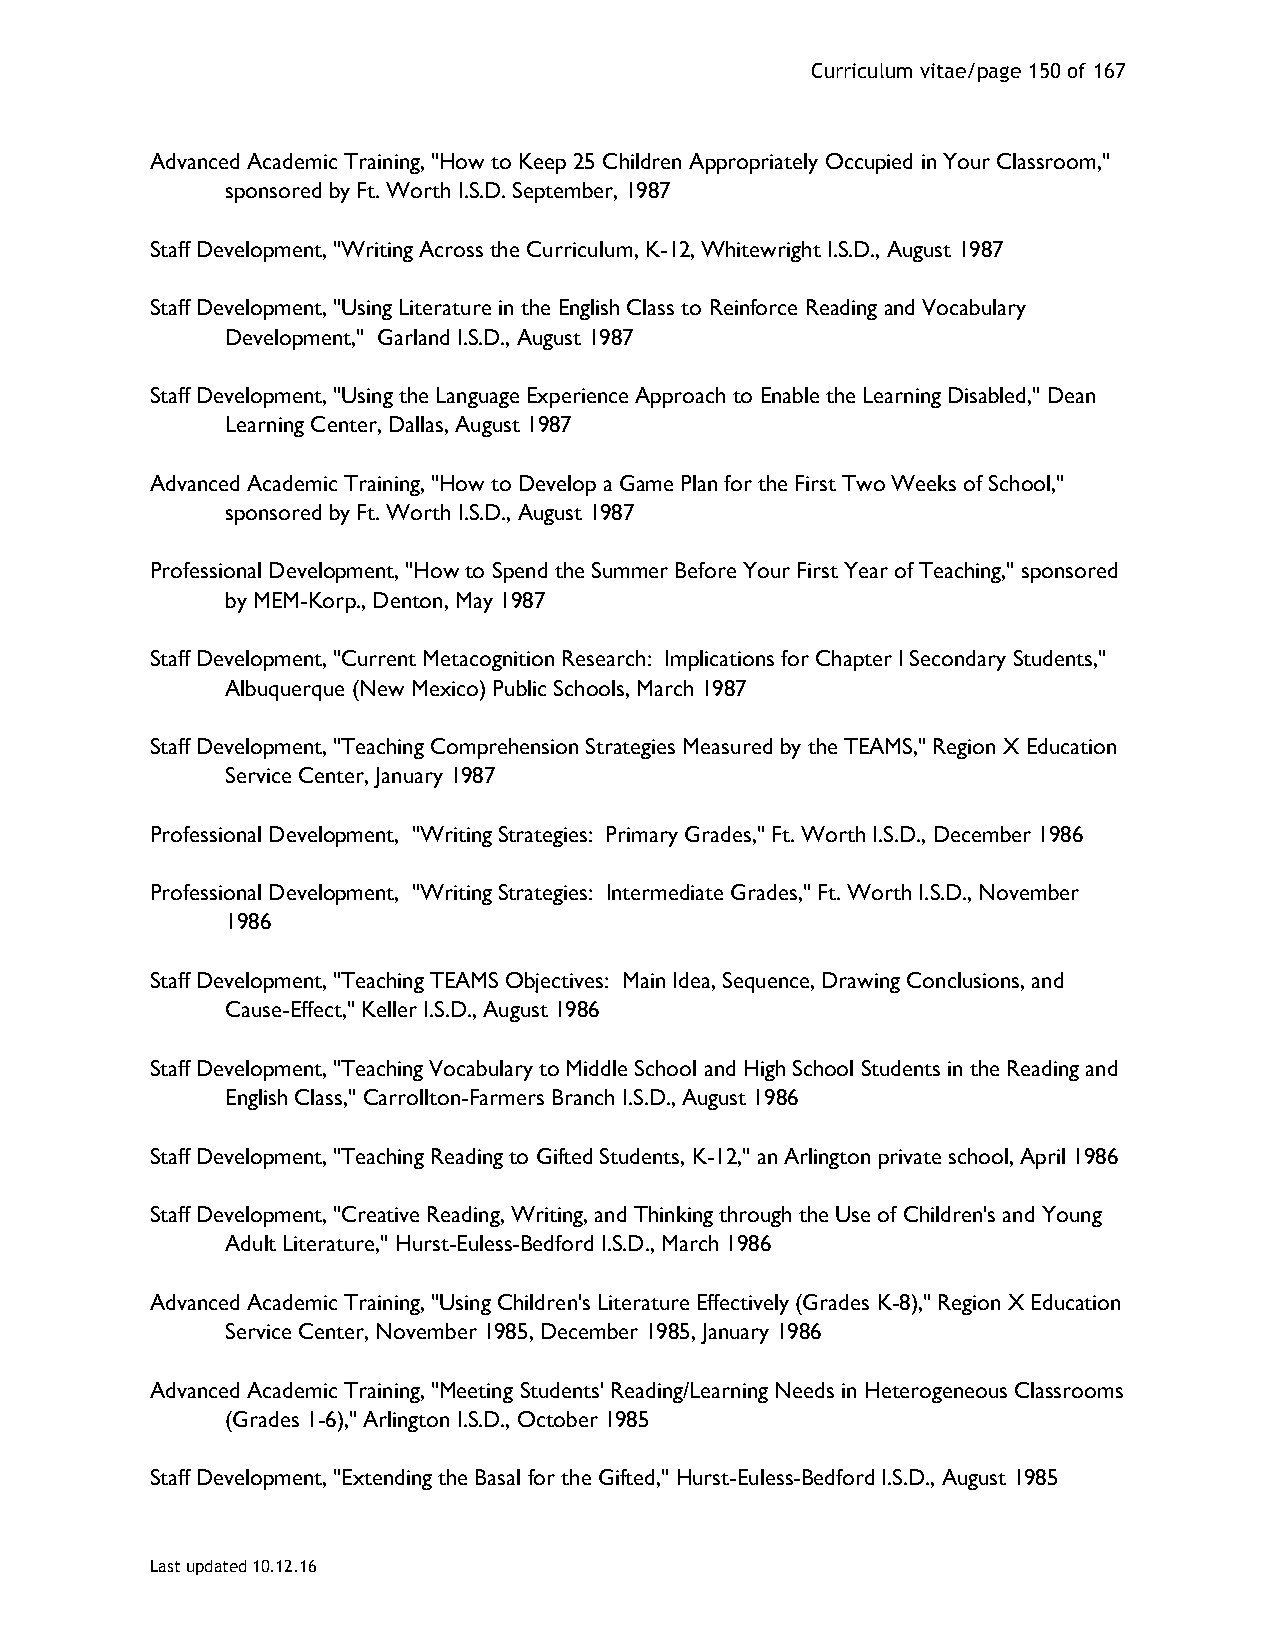
Curriculum vitae/page 150 of 167
 Advanced Academic Training, "How to Keep 25 Children Appropriately Occupied in Your Classroom,"
 sponsored by Ft. Worth I.S.D. September, 1987
 Staff Development, "Writing Across the Curriculum, K-12, Whitewright I.S.D., August 1987
 Staff Development, "Using Literature in the English Class to Reinforce Reading and Vocabulary
 Development," Garland I.S.D., August 1987
 Staff Development, "Using the Language Experience Approach to Enable the Learning Disabled," Dean
 Learning Center, Dallas, August 1987
 Advanced Academic Training, "How to Develop a Game Plan for the First Two Weeks of School,"
 sponsored by Ft. Worth I.S.D., August 1987
 Professional Development, "How to Spend the Summer Before Your First Year of Teaching," sponsored
 by MEM-Korp., Denton, May 1987
 Staff Development, "Current Metacognition Research: Implications for Chapter I Secondary Students,"
 Albuquerque (New Mexico) Public Schools, March 1987
 Staff Development, "Teaching Comprehension Strategies Measured by the TEAMS," Region X Education
 Service Center, January 1987
 Professional Development, "Writing Strategies: Primary Grades," Ft. Worth I.S.D., December 1986
 Professional Development, "Writing Strategies: Intermediate Grades," Ft. Worth I.S.D., November
 1986
 Staff Development, "Teaching TEAMS Objectives: Main Idea, Sequence, Drawing Conclusions, and
 Cause-Effect," Keller I.S.D., August 1986
 Staff Development, "Teaching Vocabulary to Middle School and High School Students in the Reading and
 English Class," Carrollton-Farmers Branch I.S.D., August 1986
 Staff Development, "Teaching Reading to Gifted Students, K-12," an Arlington private school, April 1986
 Staff Development, "Creative Reading, Writing, and Thinking through the Use of Children's and Young
 Adult Literature," Hurst-Euless-Bedford I.S.D., March 1986
 Advanced Academic Training, "Using Children's Literature Effectively (Grades K-8)," Region X Education
 Service Center, November 1985, December 1985, January 1986
 Advanced Academic Training, "Meeting Students' Reading/Learning Needs in Heterogeneous Classrooms
 (Grades 1-6)," Arlington I.S.D., October 1985
 Staff Development, "Extending the Basal for the Gifted," Hurst-Euless-Bedford I.S.D., August 1985
 Last updated 10.12.16